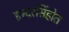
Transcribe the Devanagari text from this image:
इन्दरसिंहोत